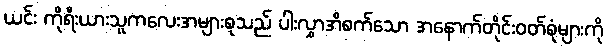
ယင်း ကိုရီးယားသူကလေးအများစုသည် ပါးလွှာအိစက်သော အနောက်တိုင်းဝတ်စုံများကို